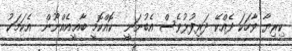
ކިރިޔާ ވާހަކަ ދެއްކޭ ދަރިފުޅުވެސް އެބުނަނީ  ކޮއްކޮމީ ބާޣީއެއްނޫން  އެކަމަކު